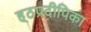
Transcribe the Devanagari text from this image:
ह्ठप्रदीपिका